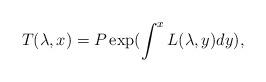
LaTeX: \begin{align*}T(\lambda,x)=P\exp(\int^xL(\lambda,y)dy),\end{align*}